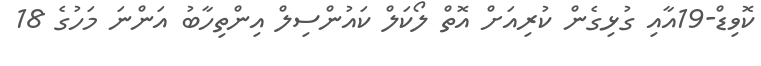
ކޮވިޑް-19އާއި ގުޅިގެން ކުރިއަށް އޮތް ލޯކަލް ކައުންސިލް އިންތިހާބު އަންނަ މަހުގެ 18